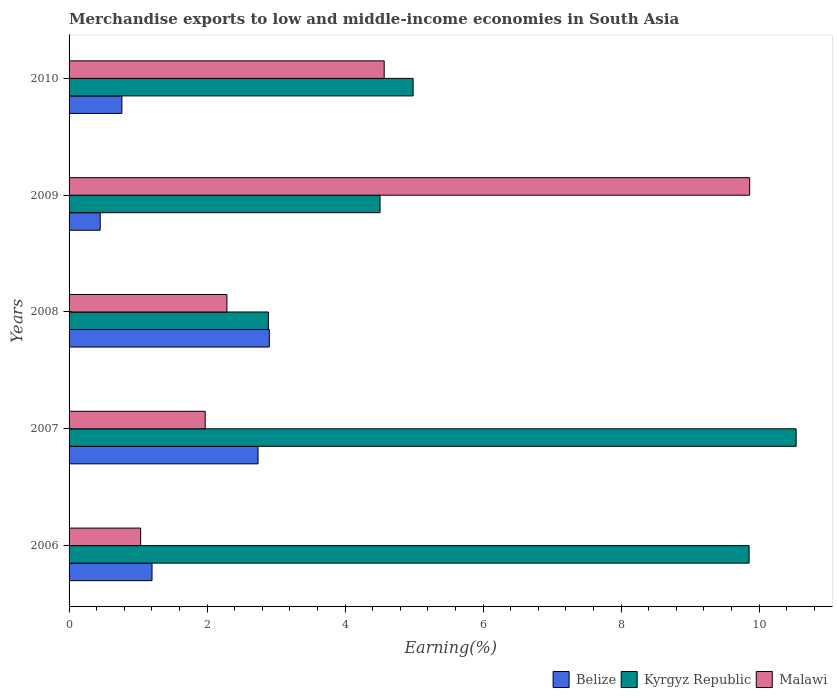
| Years | Belize | Kyrgyz Republic | Malawi |
 | --- | --- | --- | --- |
 | 2006 | 1.2 | 9.85 | 1.04 |
 | 2007 | 2.74 | 10.5 | 1.97 |
 | 2008 | 2.9 | 2.89 | 2.29 |
 | 2009 | 0.451 | 4.51 | 9.86 |
 | 2010 | 0.766 | 4.99 | 4.57 |